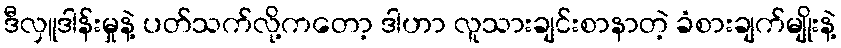
ဒီလှူဒါန်းမှုနဲ့ ပတ်သက်လို့ကတော့ ဒါဟာ လူသားချင်းစာနာတဲ့ ခံစားချက်မျိုးနဲ့